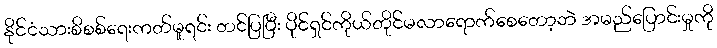
နိုင်ငံသားစိစစ်ရေးကတ်မူရင်း တင်ပြပြီး ပိုင်ရှင်ကိုယ်တိုင်မလာရောက်စေတော့ဘဲ အမည်ပြောင်းမှုကို